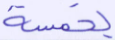
بخمسة